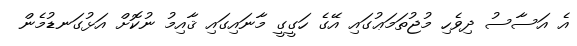
އެ އަސާސު ދިވެހި މުޖުތަމަޢުގައި އޭގެ ހަގީގީ މާނައިގައި ޤާއިމު ނުކޮށް އަޅުގަނޑުމެން